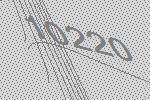
10220